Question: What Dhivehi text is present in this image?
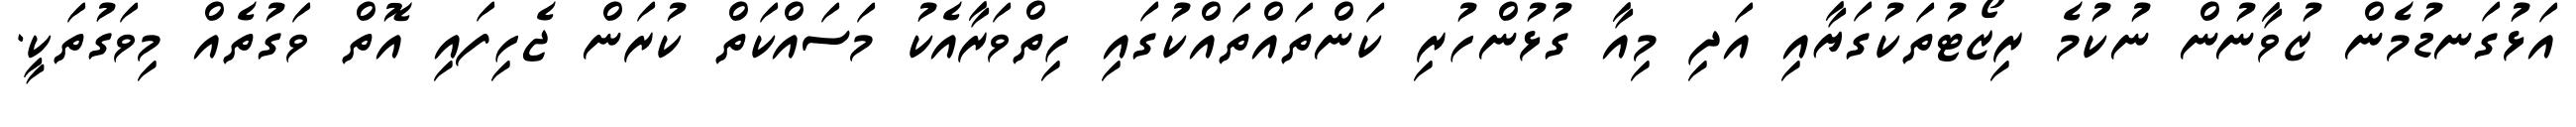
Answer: އަޅުގަނޑުމެން ޒުވާނުން ނުކުމެ ރިޒޯޓުތަކުގަޔާއި އަދި މިއާ ގުޅުންހުރި ކަންތައްތައްކުގައި ހިތްވަރާއެކު މަސައްކަތް ކުރަން ޖެހިފައި އޮތް ވަގުތެއް މިވަގުތަކީ.